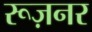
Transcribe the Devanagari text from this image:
रूज़नर